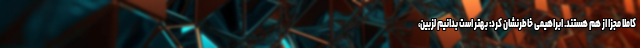
کاملا مجزا از هم هستند. ابراهیمی خاطرنشان کرد: بهتر است بدانیم لزبین،